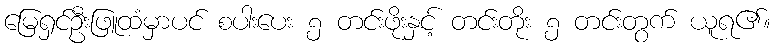
မြေရှင်ဦးဖြူထံမှာပင် စပါးပေး ၅ တင်းဖိုးနှင့် တင်းတိုး ၅ တင်းတွက် ယူရ၏။